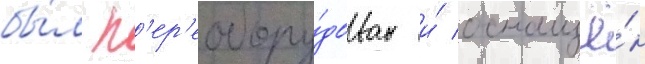
бы́л п'ер'еобору́дован и́ оснащё́н